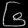
Digit: ၆